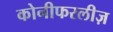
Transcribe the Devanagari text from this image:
कोनीफरलीज़